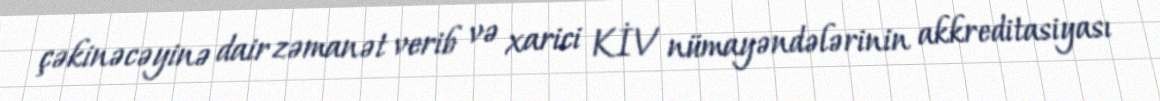
çəkinəcəyinə dair zəmanət verib və xarici KİV nümayəndələrinin akkreditasiyası